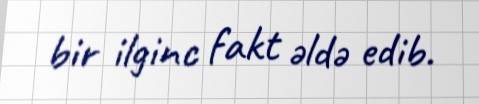
bir ilginc fakt əldə edib.